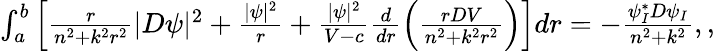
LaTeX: \begin{array}{r}{\int_{a}^{b}\left[\frac{r}{n^{2}+k^{2}r^{2}}|D\psi|^{2}+\frac{|\psi|^{2}}{r}+\frac{|\psi|^{2}}{V-c}\frac{d}{dr}\left(\frac{rDV}{n^{2}+k^{2}r^{2}}\right)\right]dr=-\frac{\psi_{I}^{*}D\psi_{I}}{n^{2}+k^{2}},,}\end{array}